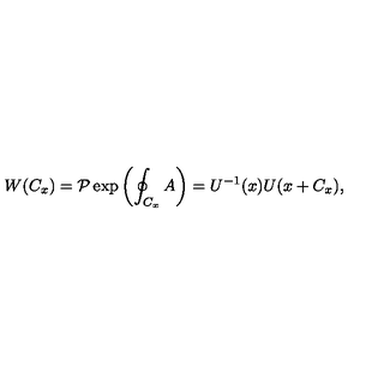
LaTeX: W ( C _ { x } ) = { \mathcal { P } } \exp \left( \oint _ { C _ { x } } A \right) = U ^ { - 1 } ( x ) U ( x + C _ { x } ) ,